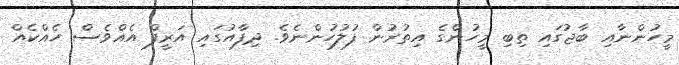
މީހުންނާއި ބާޖުގައި ތިބި މީހުންގެ އިތުރުން ފުލުހުންނެވެ. ދިފާއުގައި އަރީފް އެއްވެސް ހެއްކެއް